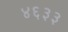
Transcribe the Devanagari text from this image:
४६३३